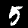
Digit: 5